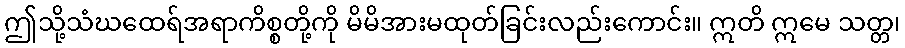
ဤသို့သံဃထေရ်အရာကိစ္စတို့ကို မိမိအားမထုတ်ခြင်းလည်းကောင်း။ ဣတိ ဣမေ သတ္တ၊